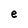
Character: e